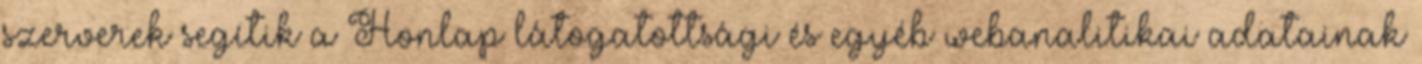
szerverek segítik a Honlap látogatottsági és egyéb webanalitikai adatainak